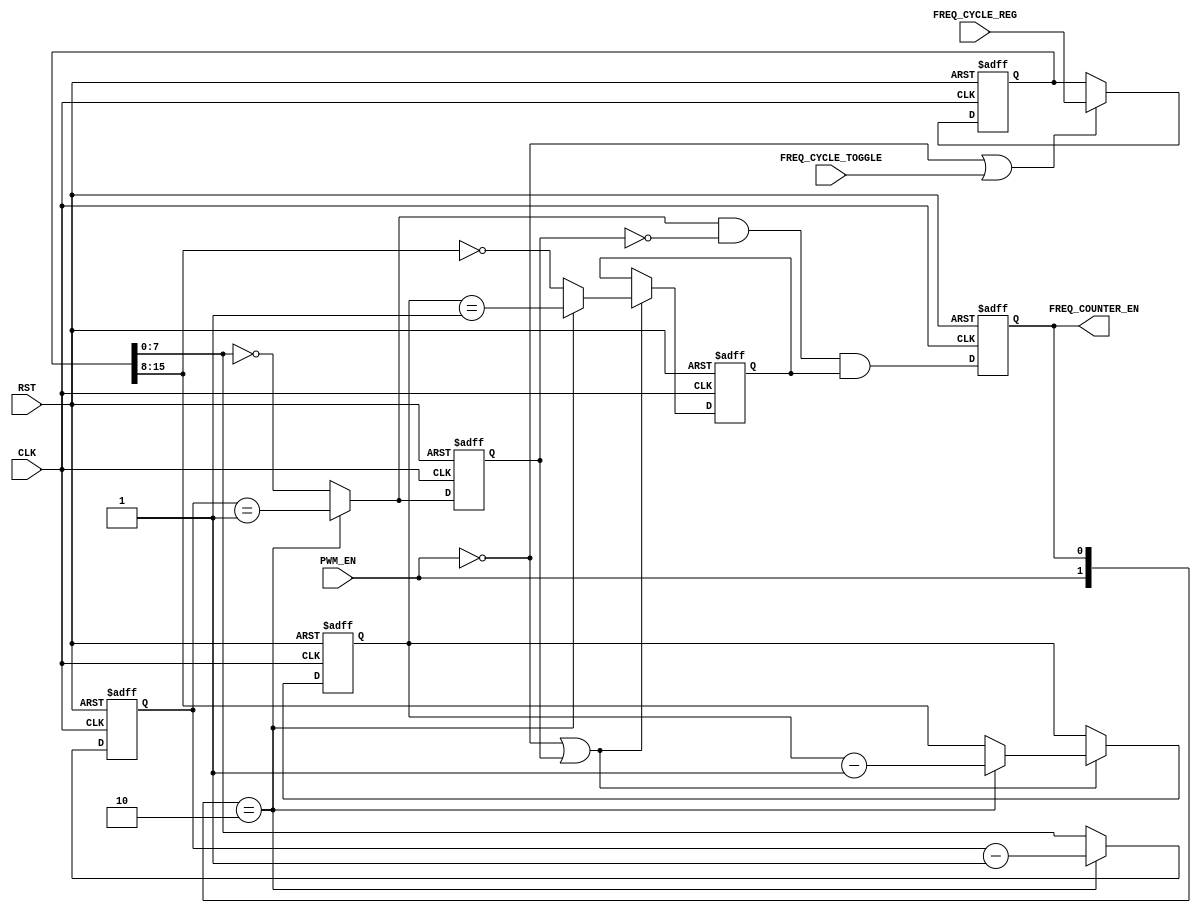
// description  	: Frequency Control file
// Modified by     	: Rakesh Moolacheri	
// -----------------------------------------------------------------------------
// copyright (c) 2012
// -----------------------------------------------------------------------------
// revisions  :
// date            version    author         description
// 2009/10/16      1.0        Mohamad Rajgara      created
// 2010/09/01      1.1        Anand A Wadke        Fixed compilation errors 
// 2010/09/02      1.2        Glen  A Gomes        Fixed Operation
// 2011/04/20      1.3        Glen  A Gomes        Updated to conform to DFM 
//                                                 standards and for speed.
// -----------------------------------------------------------------------------
// Comments: 
// -----------------------------------------------------------------------------

`timescale 1ns/10ps

module freq_counter (

                RST,
                CLK,

                FREQ_CYCLE_TOGGLE,
                FREQ_CYCLE_REG, 
			    PWM_EN,

                FREQ_COUNTER_EN
                );
   
// Define I/O port properties
//
input           RST;
input           CLK;

input           FREQ_CYCLE_TOGGLE;
input   [15:0]  FREQ_CYCLE_REG;
input           PWM_EN;

output          FREQ_COUNTER_EN;
      
wire            RST;
wire            CLK;

wire            FREQ_CYCLE_TOGGLE;
wire    [15:0]  FREQ_CYCLE_REG;
wire            PWM_EN;

reg             FREQ_COUNTER_EN;
      
// Define internal signals
//
reg		 [7:0]	freq_0_cnt;
reg		 [7:0]	freq_0_cnt_nxt;

reg		      	freq_0_cnt_tc;
reg		      	freq_0_cnt_tc_nxt;

reg		 [7:0]	freq_1_cnt;
reg		 [7:0]	freq_1_cnt_nxt;

reg		      	freq_1_cnt_tc;
reg		      	freq_1_cnt_tc_nxt;

reg		[15:0]	freq_cycle_reg_a;
   
        
// Register freq_cnter and output logic
//
always @(posedge CLK or posedge RST) 
begin
   if (RST == 1'b1) 
   begin
       freq_0_cnt         <=  8'h0;        
       freq_0_cnt_tc      <=  1'b0;        

       freq_1_cnt         <=  8'h0;        
       freq_1_cnt_tc      <=  1'b0;        
 
       freq_cycle_reg_a  <= 32'h0;
       FREQ_COUNTER_EN   <=  1'b0;
   end
   else 
   begin
      // Load shadow register following the edge of VSYNC
	  //
      if ((PWM_EN == 1'b0) || (FREQ_CYCLE_TOGGLE == 1'b1))
        freq_cycle_reg_a <= FREQ_CYCLE_REG;

      // Define the operation of the counter's bytes
	  //
	  // Byte 0 free runs
	  //
      freq_0_cnt    <= freq_0_cnt_nxt;
      freq_0_cnt_tc <= freq_0_cnt_tc_nxt;

	  // Byte 1 either loads or counts on terminal count (tc) from lower byte
	  //
	  if ((PWM_EN == 1'b0) || freq_0_cnt_tc)
	  begin
          freq_1_cnt    <= freq_1_cnt_nxt;
          freq_1_cnt_tc <= freq_1_cnt_tc_nxt;
	  end
      // Register the load signal to the duty cycle counter
      //FREQ_COUNTER_EN <=  freq_0_cnt_tc_nxt & (~freq_0_cnt_tc) & freq_1_cnt_tc & freq_2_cnt_tc & freq_3_cnt_tc;
	  FREQ_COUNTER_EN <=  freq_0_cnt_tc_nxt & (~freq_0_cnt_tc) & freq_1_cnt_tc;
   end     
end

// Determine the frequency counter's first byte
//
always @(freq_cycle_reg_a or
		 freq_0_cnt        or
		 PWM_EN            or
		 FREQ_COUNTER_EN
        )
begin
	case({PWM_EN, FREQ_COUNTER_EN})
	2'b10:   freq_0_cnt_nxt <= freq_0_cnt - 8'b1;
	default: freq_0_cnt_nxt <= freq_cycle_reg_a[7:0];
	endcase

	case({PWM_EN, FREQ_COUNTER_EN})
	2'b10:   freq_0_cnt_tc_nxt <= (freq_0_cnt             == 8'h1);
	default: freq_0_cnt_tc_nxt <= (freq_cycle_reg_a[7:0] == 8'h0);
	endcase
end

// Determine the frequency counter's second byte
//
always @(freq_cycle_reg_a or
		 freq_1_cnt        or
		 PWM_EN            or
		 FREQ_COUNTER_EN
        )
begin
	case({PWM_EN, FREQ_COUNTER_EN})
	2'b10:   freq_1_cnt_nxt <= freq_1_cnt - 8'b1;
	default: freq_1_cnt_nxt <= freq_cycle_reg_a[15:8];
	endcase

	case({PWM_EN, FREQ_COUNTER_EN})
	2'b10:   freq_1_cnt_tc_nxt <= (freq_1_cnt              == 8'h1);
	default: freq_1_cnt_tc_nxt <= (freq_cycle_reg_a[15:8] == 8'h0);
	endcase
end

endmodule